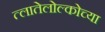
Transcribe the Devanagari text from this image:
त्लातेलोल्कोच्या